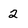
Character: 2